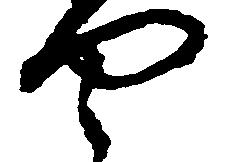
や